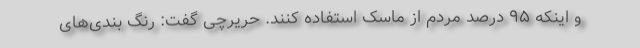
و اینکه ۹۵ درصد مردم از ماسک استفاده کنند. حریرچی گفت: رنگ بندی‌های